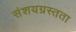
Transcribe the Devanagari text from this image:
संशयग्रस्तता